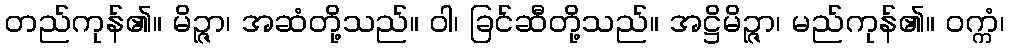
တည်ကုန်၏။ မိဉ္ဇာ၊ အဆံတို့သည်။ ဝါ၊ ခြင်ဆီတို့သည်။ အဋ္ဌိမိဉ္ဇာ၊ မည်ကုန်၏။ ဝက္ကံ၊